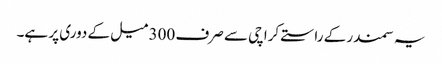
یہ سمندر کے راستے کراچی سے صرف 300 میل کے دوری پر ہے۔